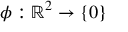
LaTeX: \phi : \mathbb { R } ^ { 2 } \rightarrow \{ 0 \}